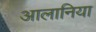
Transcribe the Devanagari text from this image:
आलानिया